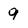
Character: 9